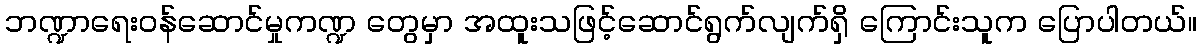
ဘဏ္ဍာရေးဝန်ဆောင်မှုကဏ္ဍ တွေမှာ အထူးသဖြင့်ဆောင်ရွက်လျက်ရှိ ကြောင်းသူက ပြောပါတယ်။